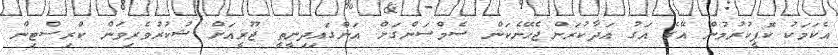
އެކަމަކު ކޮޕީކުރުމުން އޭގެ އަގު އަދާކުރަންޖެހޭނެކަން ސެމްސަންގަށް އަންގައިދިނީތީ ޖޫރީއަށް ޝުކުރުވެރިވަން ކްރިސްޓިން